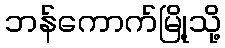
ဘန်ကောက်မြို့သို့